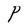
Character: P